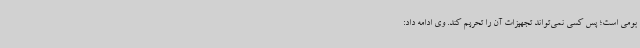
بومی است؛ پس کسی نمی‌تواند تجهیزات آن را تحریم کند. وی ادامه داد: